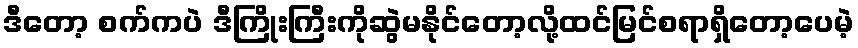
ဒီတော့ စက်ကပဲ ဒီကြိုးကြီးကိုဆွဲမနိုင်တော့လို့ထင်မြင်စရာရှိတော့ပေမဲ့